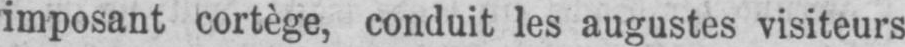
imposant cortège, conduit les augustes visiteurs